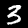
Digit: 3